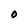
Character: 0